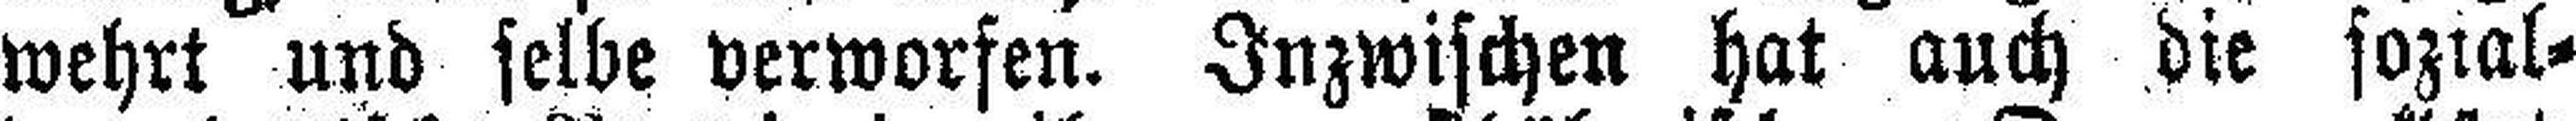
wehrt und selbe verworfen. Inzwischen hat auch die sozial¬